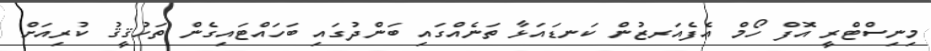
މިނިސްޓްރީ އޮފް ހޯމް އެފެއަރޒުން ކަނޑައަޅާ ތަނެއްގައި ބަންދުގައި ބަހައްޓައިގެން ތަހުޤީޤު ކުރިއަށް